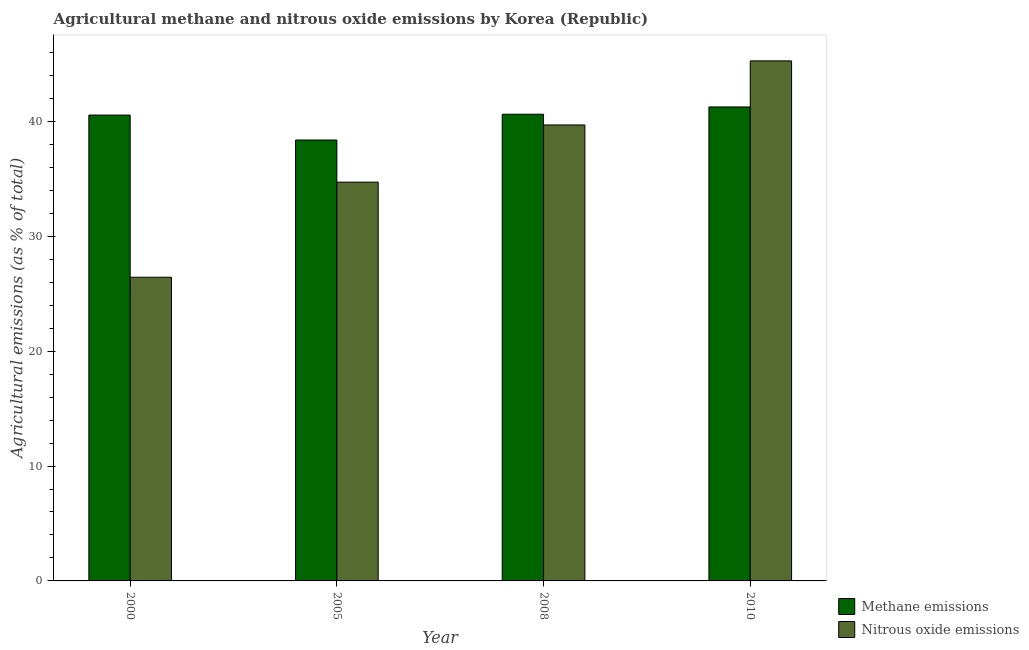
| Year | Methane emissions | Nitrous oxide emissions |
 | --- | --- | --- |
 | 2000 | 40.5 | 26.4 |
 | 2005 | 38.4 | 34.7 |
 | 2008 | 40.6 | 39.7 |
 | 2010 | 41.3 | 45.3 |